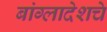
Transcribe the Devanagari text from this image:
बांग्लादेशचे